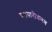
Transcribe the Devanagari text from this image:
व्‍यापारीकरण